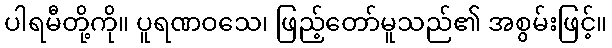
ပါရမီတို့ကို။ ပူရဏဝသေ၊ ဖြည့်တော်မူသည်၏ အစွမ်းဖြင့်။